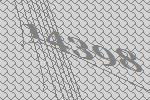
14398